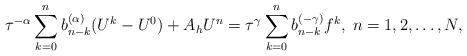
LaTeX: \begin{align*} \tau^{-\alpha} \sum_{k=0}^{n}b_{n-k}^{(\alpha)}(U^{k}-U^0) + A_{h} U^{n} = \tau^{\gamma}\sum_{k=0}^{n}b_{n-k}^{(-\gamma)} f^{k},\; n=1, 2, \dots, N,\end{align*}